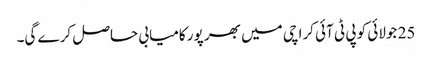
25 جولائی کو پی ٹی آئی کراچی میں بھر پور کامیابی حاصل کرے گی۔